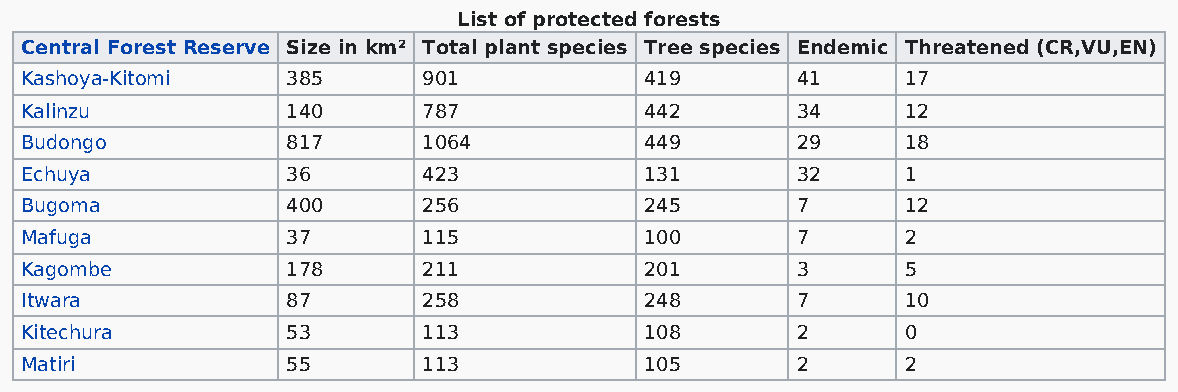
List of protected forests
 Central Forest Reserve Size in km² Total plant species Tree species Endemic Threatened (CR,VU,EN)
 Kashoya-Kitomi    385      901            419       41     17
 Kalinzu           140      787            442       34     12
 Budongo           817      1064           449       29     18
 Echuya            36       423            131       32     1
 Bugoma            400      256            245       7      12
 Mafuga            37       115            100       7      2
 Kagombe           178      211            201       3      5
 Itwara            87       258            248       7      10
 Kitechura         53       113            108       2      0
 Matiri            55       113            105       2      2